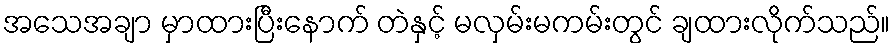
အသေအချာ မှာထားပြီးနောက် တဲနှင့် မလှမ်းမကမ်းတွင် ချထားလိုက်သည်။